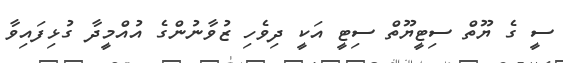
ސީ ގެ ޔޫތް ސިޓީޔޫތް ސިޓީ އަކީ ދިވެހި ޒުވާނުންގެ އުއްމީދާ ގުޅިފައިވާ